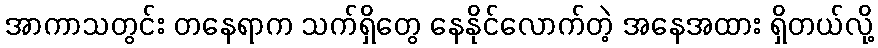
အာကာသတွင်း တနေရာက သက်ရှိတွေ နေနိုင်လောက်တဲ့ အနေအထား ရှိတယ်လို့